Code of medical and sanitary regulations for the guidance of medical officers serving in the Madras Presidency - Volume I
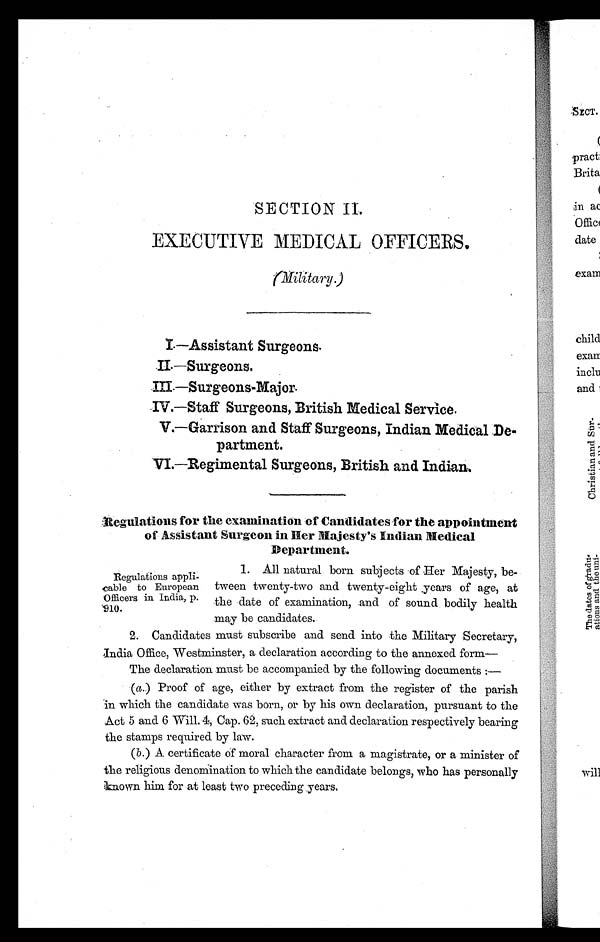
SECTION
EXECUTIVE MEDICAL OFFICERS.
(military.)
I.—Assistant Surgeons
II—Surgeons.
III.—Surgeons-Major.
IV.—Staff Surgeons, British Medical Service.
V.—Garrison and Staff Surgeons, Indian Medical De
-partment.
VI.—Regimental Surgeons, British and Indian.
Regulations for the examination of Candidates for the appointment
of Assistant Surgeon in Her Majesty's Indian Medical
Department.
appli
- - c a b l e t o E u r o p e a n
Officers in India, p.
9 1 0 .
1. All natural born subjects -of Her Majesty, be-
tween twenty-two and twenty-eight Tears of age, at
the date of examination, .and of sound bodily health
may be candidates.
2. Candidates must subscribe and send into the Military Secretary,
India Office, Westminster, a declaration according to the annexed form—
The declaration must be accompanied by the following documents :—
(a.) Proof of age, either by extract from the register of the parish
in which the candidate was born, or by his own declaration, pursuant to the
Act 5 and 6 Will. 4, Cap. 62, such extract and declaration respectively bearing
the stamps required by law.
(b.) A certificate of moral character from a magistrate, or a minister of
the religious denomination to which the candidate belongs, who has personally
known him for at least two preceding years.